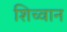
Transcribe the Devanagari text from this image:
शिच्वान